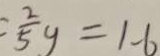
\frac { 2 } { 5 } y = 1 - 6